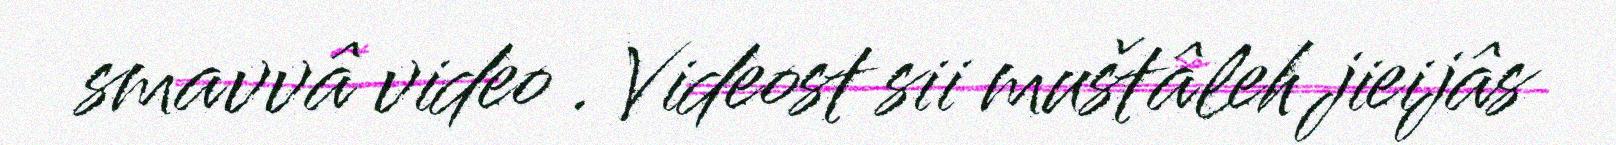
smavvâ video . Videost sii muštâleh jieijâs